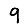
Digit: 9